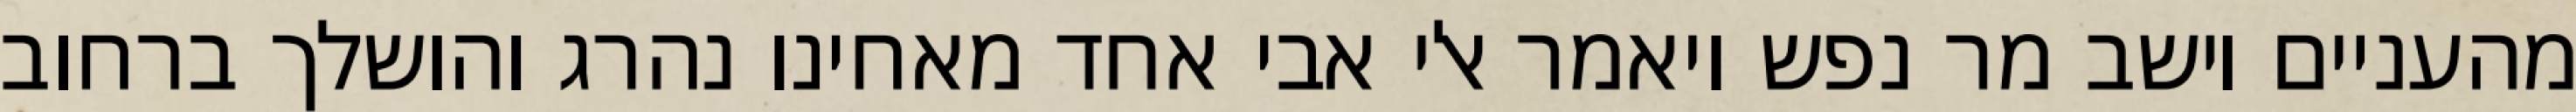
מהעניים וישב מר נפש ויאמר אלי אבי אחד מאחינו נהרג והושלך ברחוב